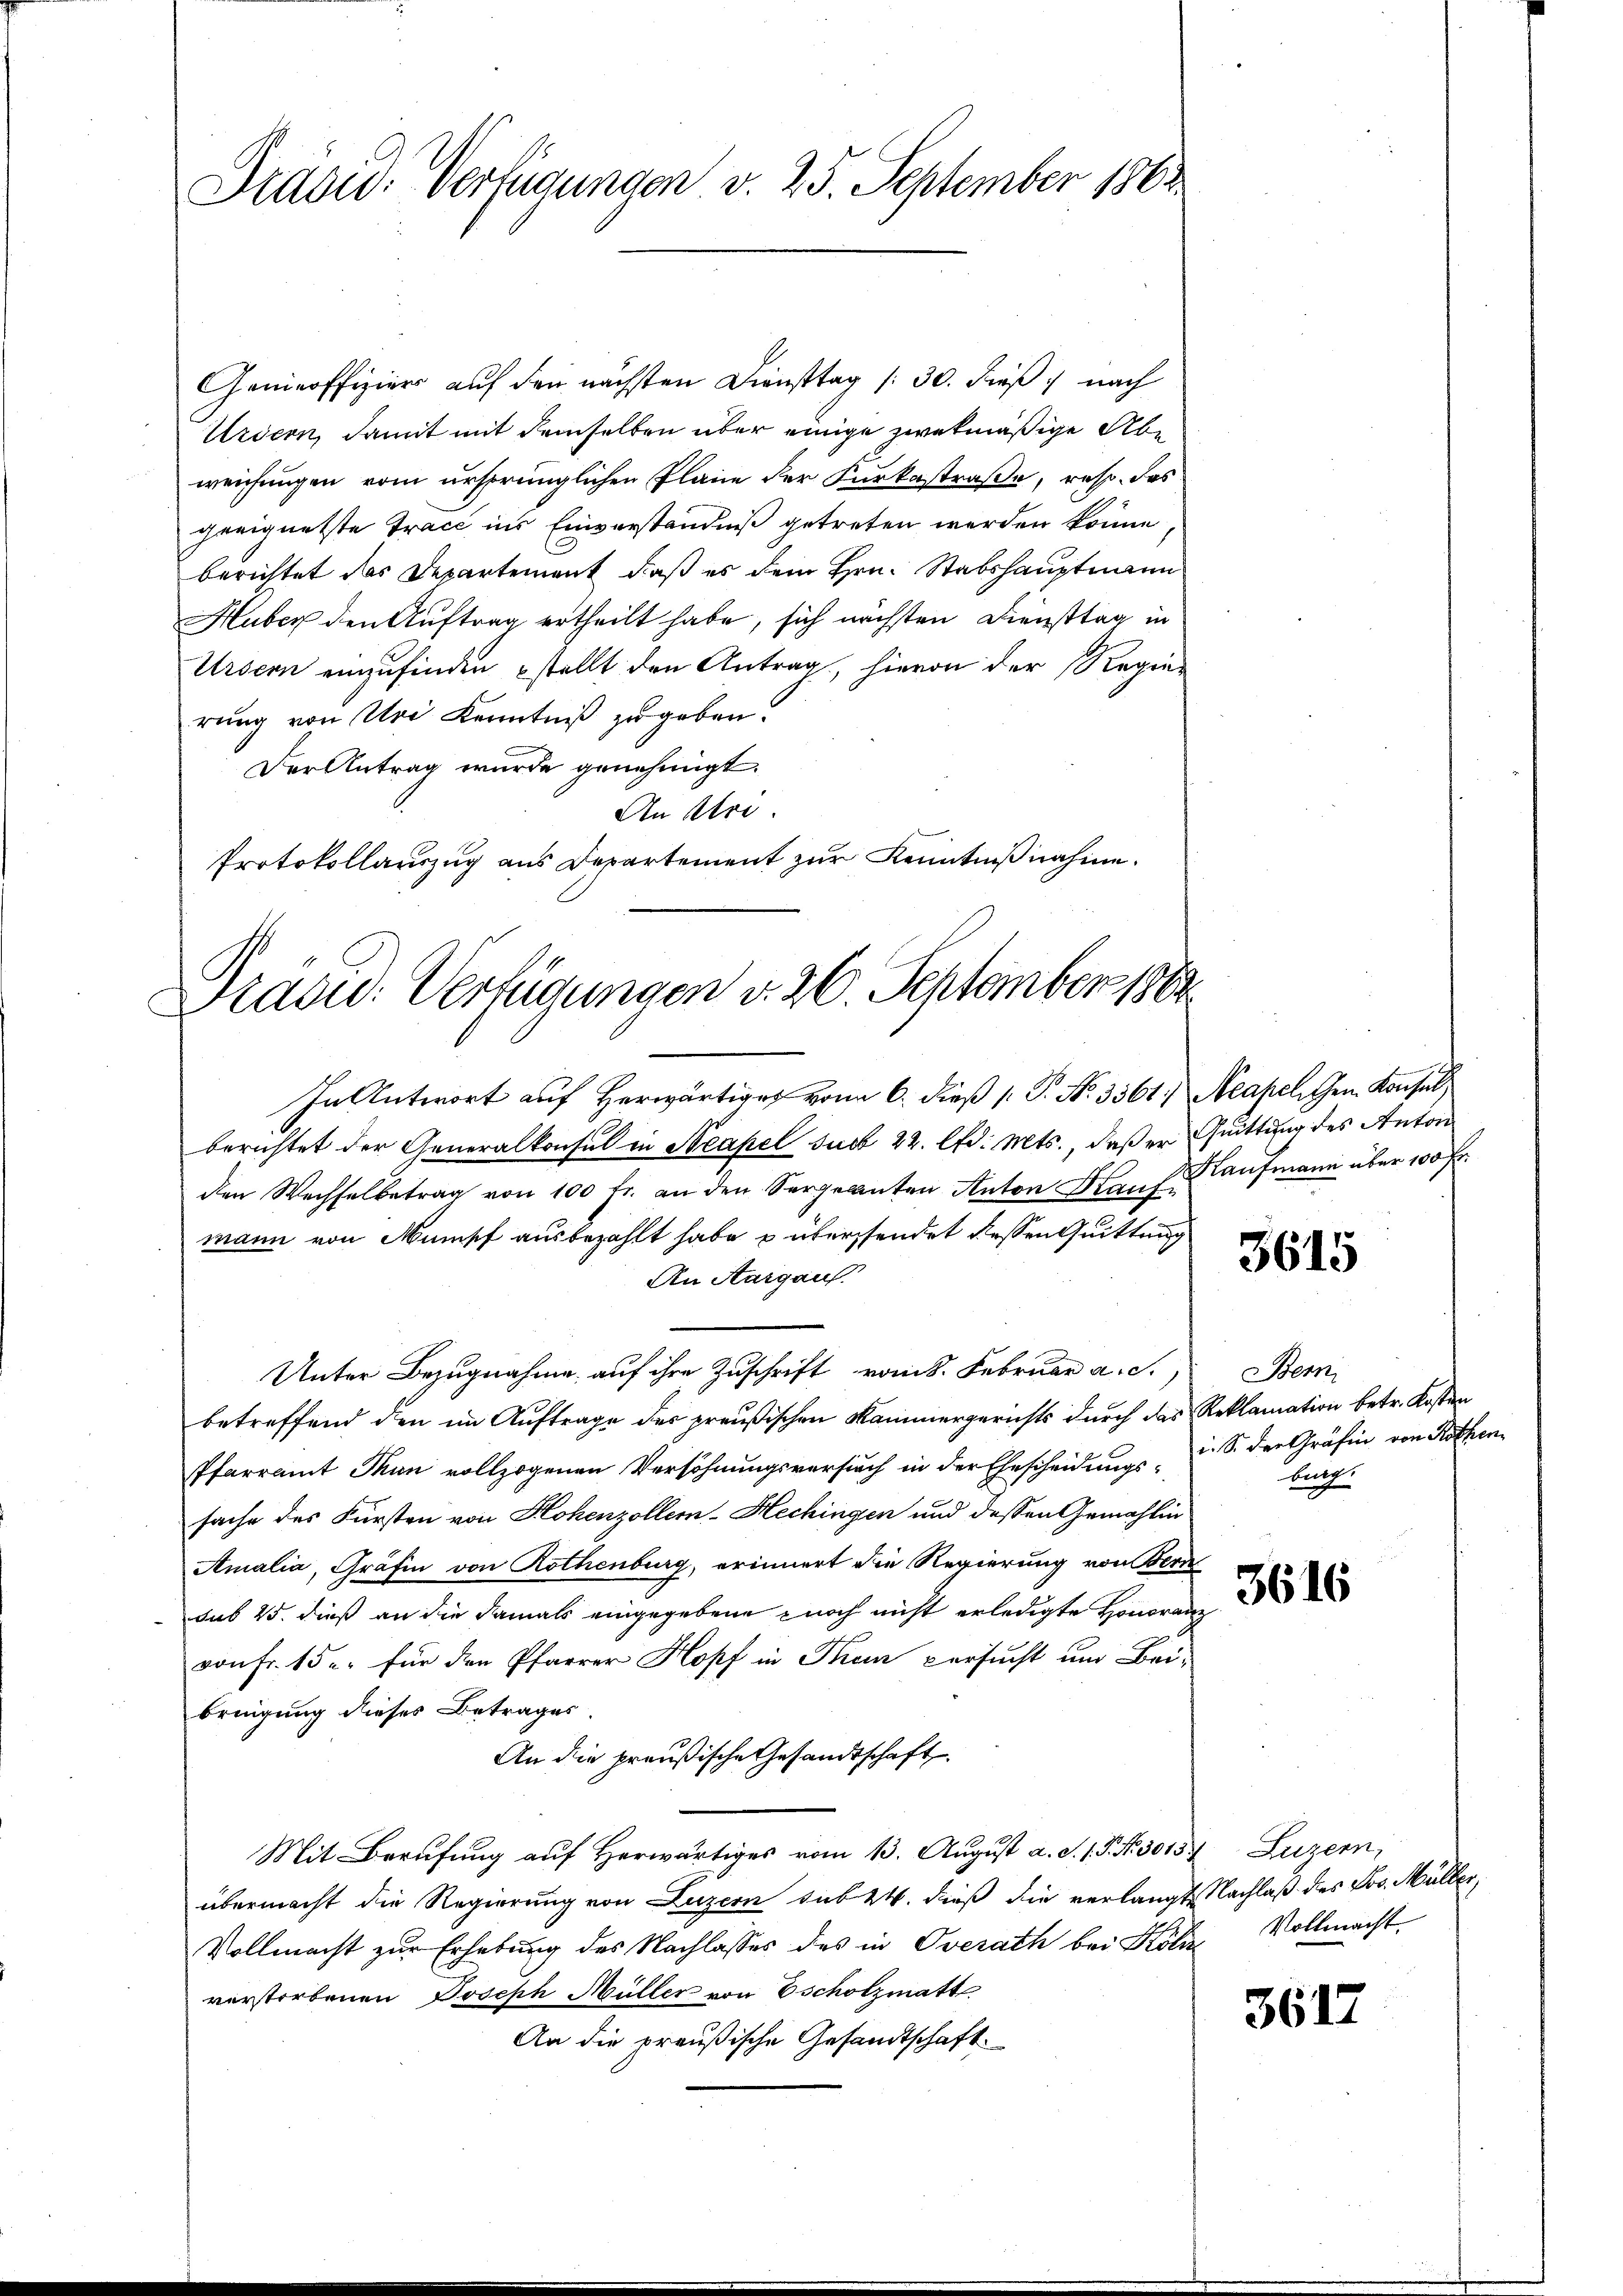
Prasid. Verfügungen v. 25. September 1864

Genieoffizier auf den nächsten Diensttag /: 30. dieß, nach
Ursern, damit mit demselben über einige zwekmäßige Abe
weichungen vom ursprünglichen Plane der Furkastraße, resp. das
geeignetste Tracé ins Einverständniß getreten werden könne,
berichtet das Departement, daß es dem Hrn. Stabshauptmann
Huber den Auftrag ertheilt habe, sich nächsten Diensttag in
Ursern einzufinden stellt den Antrag, hievon der Regie-
rung von Uri Kenntniß zugeben.
Der Antrag wurde genehmigt.
An Stre
Protokollauszug aus Departement zur Kenntnißnahme.

Pradu: Verfügungen v. 26. September 1882

In Antwort auf Herwärtiger von 6. dieß [ P. No. 3561) Neapellen Konsul
berichtet der Generalkonsul in Neapel sub 22. lfd. Mts., daß er Quittung des Anton
den Wechsel betrag von 100 fr. an den Sergeanten Anton Hause aufmann über 100 Fr.
mann von Mumisch ausbezahlt habe u überstendet dessen Quittung
An Aargau
¬
Unter Bezugnahme auf ihre Zuschrift vom 8. Februar a. S.
betreffend den im Auftrage des preußischen Kammergerichts durch das Reklamation betr. Kosten
Pfarramt Thun vollzogenen Versöhnungsversuch in der Ehescheidungs- u. S. der Gräfin von Rothen
sache des Fürsten von Hohenzollen-Hechingen und dessen Gemahlin
Amalia, Gräfin von Rothenburg, erinnert die Regierung von Bern
dus 25. dieß an die damals eingegebene noch nicht erledigte Honoranz
von Fr. 15 u. für den Pfarrer Kopf in Them versucht um Beibringung dieses Betrages
An die preußische Gesandtschaft
Mit Berufung auf Herwärtiges vom 13. August a. S. 1 P. Nr. 30157 Luzern,
übermacht die Regierung von Luzern sub 24. dieß die verlangt. Nachlaß des Jos. Müller,
Vollmacht zur Erhebung des Nachlasses des in Oberath bei Kölir Vollmacht
verstorbenen Joseph Müller von Escholzmatt
An die preußische Gesandtschaft.

3615

Bein
birg

3616

3617